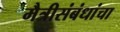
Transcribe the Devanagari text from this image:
मैत्रीसंबंधांचा